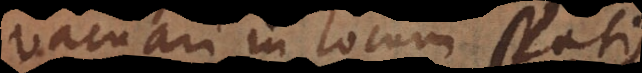
vacuari in locum spatii